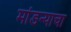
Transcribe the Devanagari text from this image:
मांडन्याचा